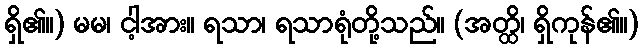
ရှိ၏။) မမ၊ ငါ့အား။ ရသာ၊ ရသာရုံတို့သည်။ (အတ္ထိ၊ ရှိကုန်၏။)